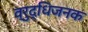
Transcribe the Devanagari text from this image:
व्रुद्धिजनक